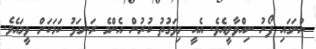
ނުނަގައި ފޯނު ނިއްވާލީއެވެ. އެއީ މިވަގުތު ކުރުން އެންމެ ރަނގަޅު ކަމަކަށް ވީމައެވެ.